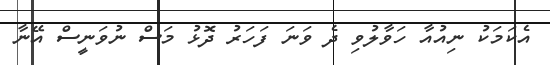
އެކަމަކު ނިއުއާ ހަވާލުވި ދެ ވަނަ ފަހަރު ދޮޅު މަސް ނުވަނީސް އޭނާ